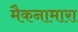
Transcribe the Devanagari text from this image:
मैकनामारा